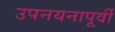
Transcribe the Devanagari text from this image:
उपनयनापूर्वी